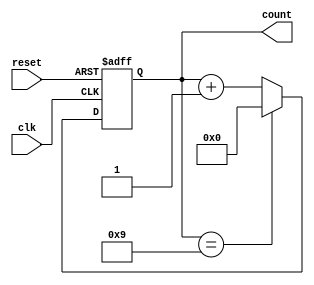
module decade_counter(
    input wire clk,          // Clock input
    input wire reset,        // Reset input
    output reg [3:0] count   // 4-bit count output
);

always @(posedge clk or posedge reset)
begin
    if (reset)
        count <= 4'b0000;    // Reset the counter to 0
    else if (count == 4'b1001)
        count <= 4'b0000;    // Reset the counter to 0 after reaching 9
    else
        count <= count + 1;  // Increment the counter by 1
end

endmodule